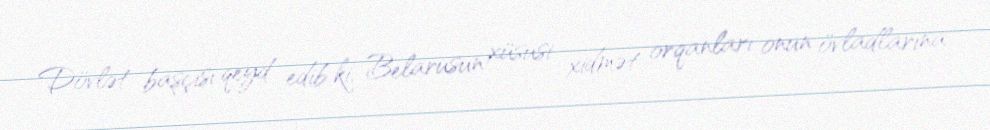
Dövlət başçısı qeyd edib ki, Belarusun xüsusi xidmət orqanları onun övladlarına